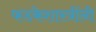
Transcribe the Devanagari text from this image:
फडकेशास्त्रींनी